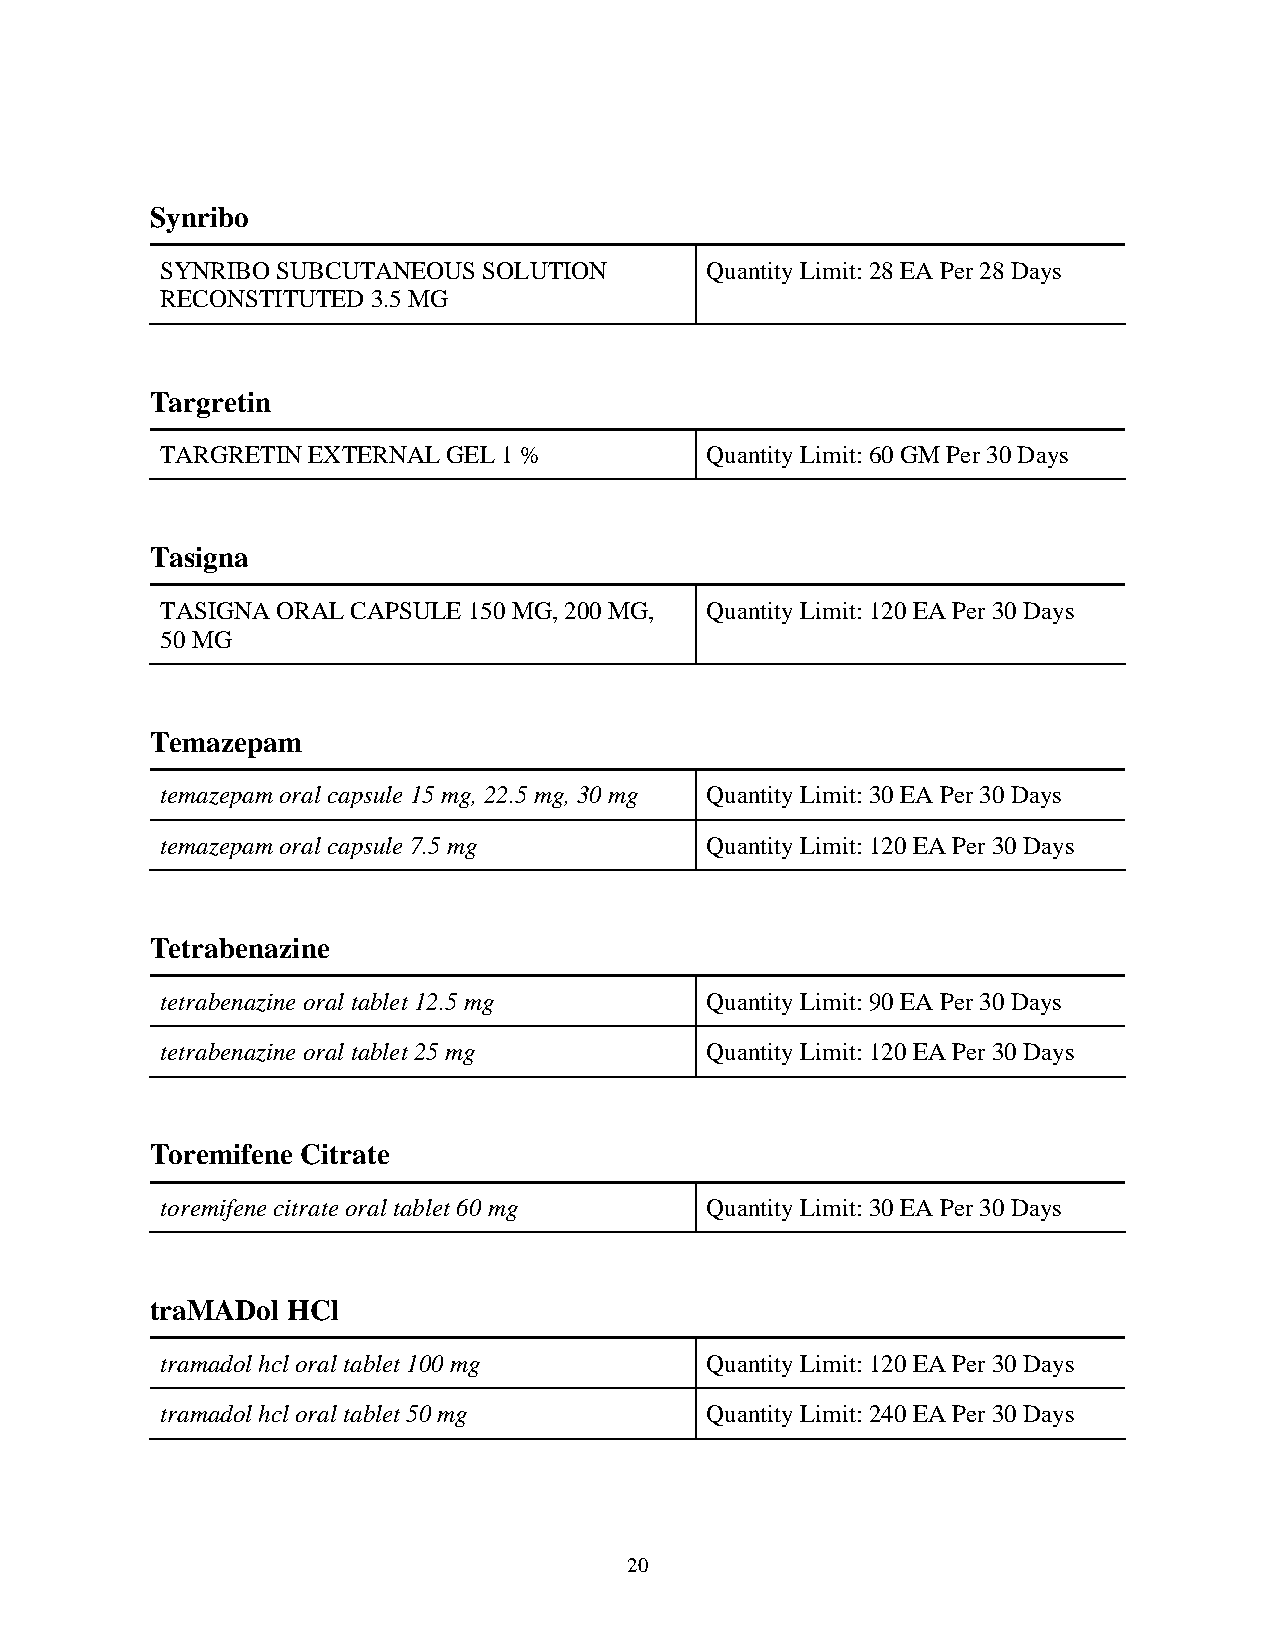
Synribo
 SYNRIBO SUBCUTANEOUS SOLUTION       Quantity Limit: 28 EA Per 28 Days
 RECONSTITUTED 3.5 MG
 Targretin
 TARGRETIN EXTERNAL GEL 1 %          Quantity Limit: 60 GM Per 30 Days
 Tasigna
 TASIGNA ORAL CAPSULE 150 MG, 200 MG, Quantity Limit: 120 EA Per 30 Days
 50 MG
 Temazepam
 temazepam oral capsule 15 mg, 22.5 mg, 30 mg Quantity Limit: 30 EA Per 30 Days
 temazepam oral capsule 7.5 mg       Quantity Limit: 120 EA Per 30 Days
 Tetrabenazine
 tetrabenazine oral tablet 12.5 mg   Quantity Limit: 90 EA Per 30 Days
 tetrabenazine oral tablet 25 mg     Quantity Limit: 120 EA Per 30 Days
 Toremifene Citrate
 toremifene citrate oral tablet 60 mg Quantity Limit: 30 EA Per 30 Days
 traMADol HCl
 tramadol hcl oral tablet 100 mg     Quantity Limit: 120 EA Per 30 Days
 tramadol hcl oral tablet 50 mg      Quantity Limit: 240 EA Per 30 Days
 20